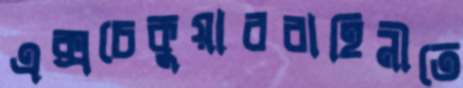
এক্সচেকুয়ারবাহিনীতে